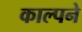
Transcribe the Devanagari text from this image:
काल्पने